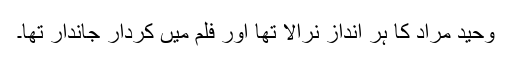
وحید مراد کا ہر انداز نرالا تھا اور فلم میں کردار جاندار تھا۔